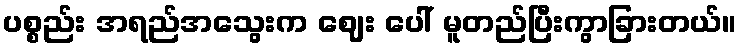
ပစ္စည်း အရည်အသွေးက ဈေး ပေါ် မူတည်ပြီးကွာခြားတယ်။